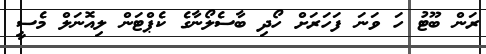
ރަން ބޫޓު ހަ ވަނަ ފަހަރަށް ހޯދި ބާސެލޯނާގެ ކެޕްޓަން ލިއޮނަލް މެސީ